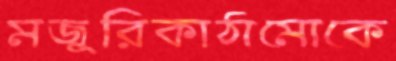
মজুরিকাঠামোকে